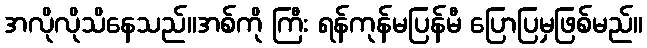
အလိုလိုသိနေသည်။အစ်ကို ကြီး ရန်ကုန်မပြန်မီ ပြောပြမှဖြစ်မည်။